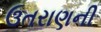
ઉતરાણની